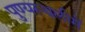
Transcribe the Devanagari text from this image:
पुण्‍यस्‍थलीमें